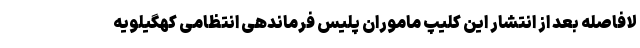
لافاصله بعد از انتشار این کلیپ ماموران پلیس فرماندهی انتظامی کهگیلویه